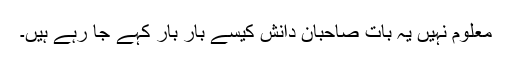
معلوم نہیں یہ بات صاحبان دانش کیسے بار بار کہے جا رہے ہیں۔